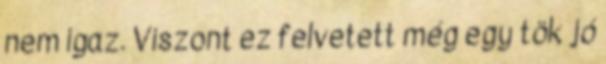
nem igaz. Viszont ez felvetett még egy tök jó